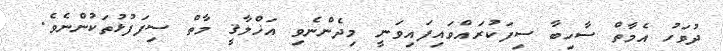
ދުވަހު އެމާތް ސާހިބާ ސިފަކުރައްވައިފައިވަނީ މިދެންނެވި އަޚްލާޤީ މާތް ސިފަފުޅުތަކުންނެވެ.